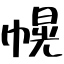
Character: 幌